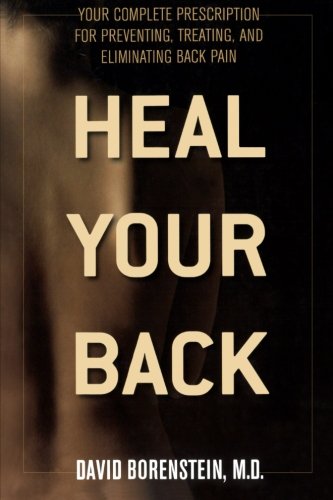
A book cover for Heal Your Back: Your Complete Prescription for Preventing, Treating, and Eliminating Back Pain; David Borenstein M.D.; Health, Fitness & Dieting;